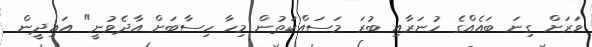
ވަރަށް ގިނަ ބައެއްގެ ހުނަރާއި ބުރަ މަސައްކަތުން މިހާ ހިސާބަށް އާދެވުނީ" އައިދީން